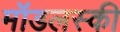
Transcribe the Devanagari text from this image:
मॉडलस्की